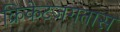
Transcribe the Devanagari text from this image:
क्रिकेटजगतास